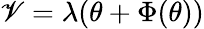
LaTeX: \mathscr{V}=\lambda(\theta+\Phi(\theta))